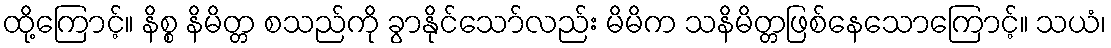
ထို့ကြောင့်။ နိစ္စ နိမိတ္တ စသည်ကို ခွာနိုင်သော်လည်း မိမိက သနိမိတ္တဖြစ်နေသောကြောင့်။ သယံ၊